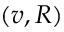
( v , R )